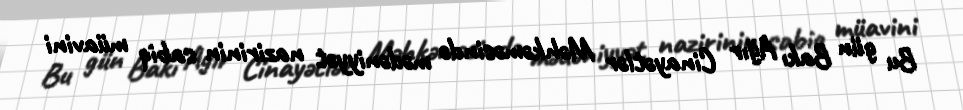
Bu gün Bakı Ağır Cinayətlər Məhkəməsində mədəniyyət nazirinin sabiq müavini